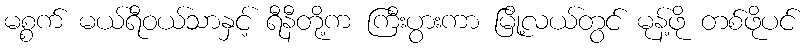
မစ္စက် မယ်ရီဝယ်သာနှင့် ရီနီတို့က ကြီးပွားကာ မြို့လယ်တွင် မုန့်ဖို တစ်ဖိုပင်